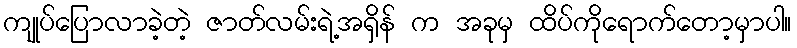
ကျုပ်ပြောလာခဲ့တဲ့ ဇာတ်လမ်းရဲ့အရှိန် က အခုမှ ထိပ်ကိုရောက်တော့မှာပါ။